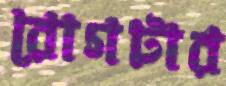
রোগটার